Indian Civil Veterinary Department memoirs
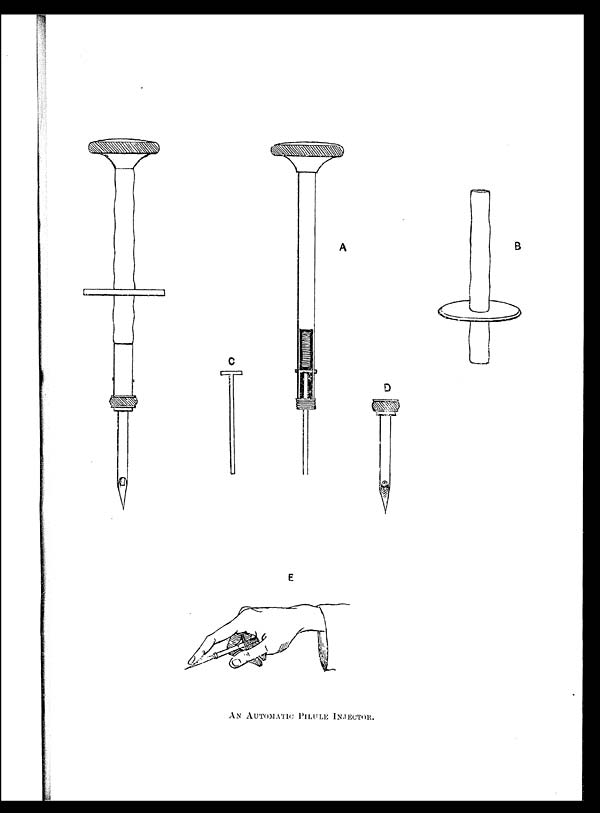
AN AUTOMATIC PILULE INJECTOR.